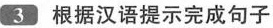
3根据汉语提示完成句子